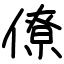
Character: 僚